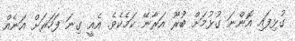
ގުޅިފައި އޮންނަ ގުޅުމަށް ބުރޫ އަރާނޭ ކަމެކެވެ. އެއީ ގިނަ ފަހަރަށް އަނެއް